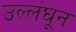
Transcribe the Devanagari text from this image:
उल्लंघून